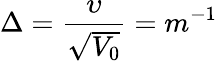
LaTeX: \Delta=\frac{\upsilon}{\sqrt{V_{0}}}=m^{-1}